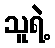
သူရဲ့